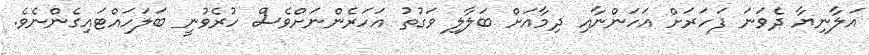
އަލާނިޔާ ދެވަނަ ފަހަރަށް އަހަންނާއި ދިމާއަށް ބަލާލި ވަގުތު އަހަރެންނަށްވެސް ހުރެވުނީ ބަލަހައްޓައިގެންނެވެ.